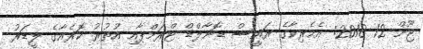
ޖޫން 12 2018: އެމެރިކާގެ ރައީސް ޑޮނާލްޑް ޓްރަމްޕާއި އުތުރު ކޮރެއާގެ ލީޑަރު